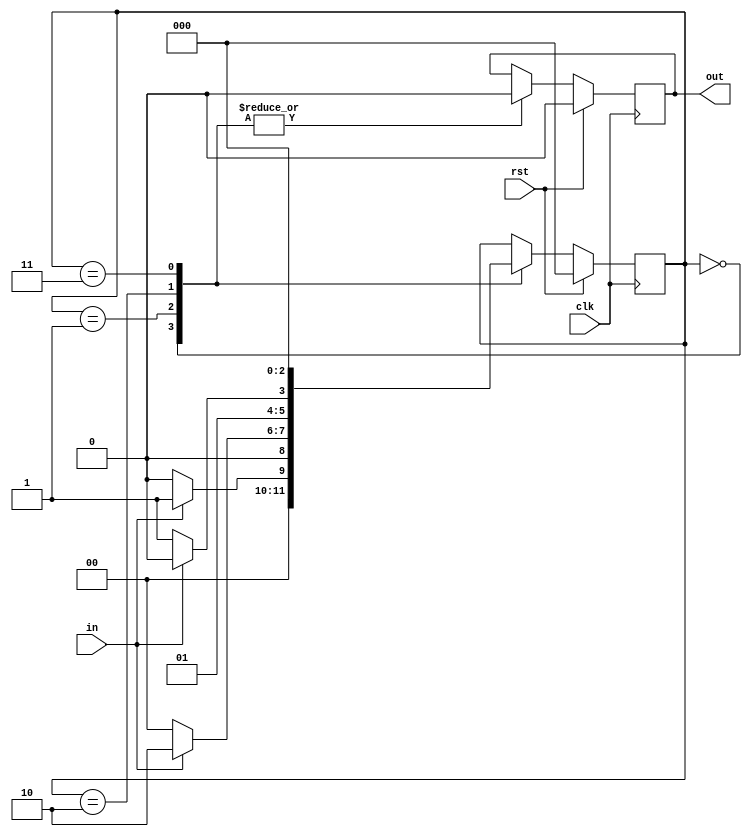
module mealyfsmol(input in,input clk,input rst,output reg out);
  reg [2:0] cst;//current state
  reg [2:0] nst;//next state
  parameter [1:0]s0=3'b000;
  parameter [1:0]s1=3'b001;
  parameter [1:0]s2=3'b010;
  parameter [1:0]s3=3'b011;
  parameter [1:0]s4=3'b100;
always@(posedge clk)
begin
  if(rst)begin
    out=1'b0;
    cst=s0;
    nst=s0;end
  else
    begin
    cst=nst;
    case(cst)
  s0: if(in) begin    
    out=1'b0;
    nst=s1;end
  else begin
    out=1'b0;
    nst=s0;end
  s1: if(in)begin
    out=1'b0;
    nst=s2;end
     else begin
    out=1'b0;
    nst=s0;end
  s2 : if(in)begin   
    out=1'b0;
    nst=s2;end
      else begin
    out=1'b0;
    nst=s3;end
  s3 : if(in)begin   
    out=1'b0;
    nst=s4;end
      else begin
    out=1'b0;
    nst=s0;end
  s4 : if(in)begin   
    out=1'b1;
    nst=s2;end
      else begin
    out=1'b0;
    nst=s0;end
   endcase
end
end
endmodule